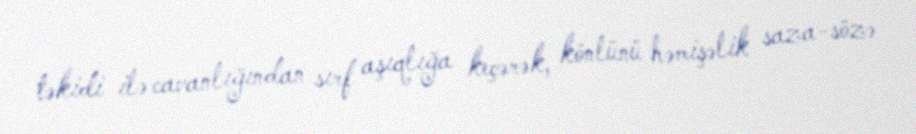
təkidi ilə cavanlığından sırf aşıqlığa keçərək, könlünü həmişəlik saza-sözə